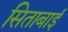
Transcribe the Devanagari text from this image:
सिताबाई